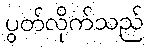
ပွတ်လိုက်သည်